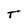
Character: T